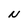
Character: N